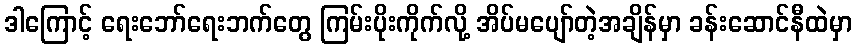
ဒါကြောင့် ရေးဘော်ရေးဘက်တွေ ကြမ်းပိုးကိုက်လို့ အိပ်မပျော်တဲ့အချိန်မှာ ခန်းဆောင်နီထဲမှာ